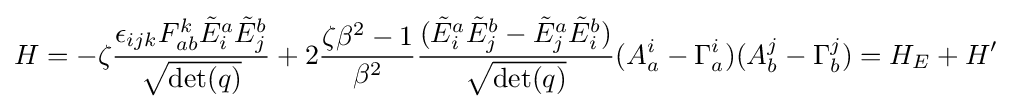
H=-\zeta {\frac {\epsilon _{ijk}F_{ab}^{k}{\tilde {E}}_{i}^{a}{\tilde {E}}_{j}^{b}}{\sqrt {\det(q)}}}+2{\zeta \beta ^{2}-1 \over \beta ^{2}}{\frac {({\tilde {E}}_{i}^{a}{\tilde {E}}_{j}^{b}-{\tilde {E}}_{j}^{a}{\tilde {E}}_{i}^{b})}{\sqrt {\det(q)}}}(A_{a}^{i}-\Gamma _{a}^{i})(A_{b}^{j}-\Gamma _{b}^{j})=H_{E}+H'